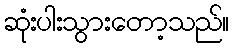
ဆုံးပါးသွားတော့သည်။